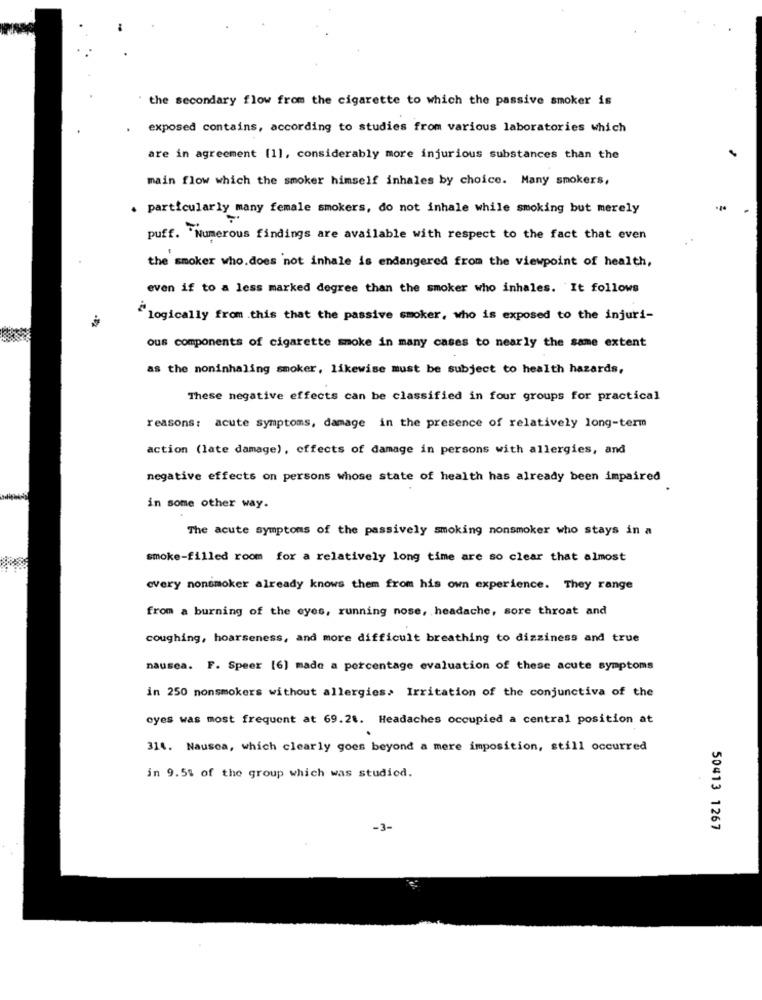
" the secondary flow from the cigarette to which the passive smoker is
exposed contains, according to studies from various laboratories which
are in agreement [1], considerably more injurious substances than the
main flow which the smoker himself inhales by choice. Many smokers,
. particularly many female smokers, do not inhale while smoking but merely
puff. Numerous findings are available with respect to the fact that even
the smoker who. does not inhale is endangered from the viewpoint of health,
even if to a less marked degree than the smoker who inhales. It follows
"logically from this that the passive smoker, who is exposed to the injuri-
ous components of cigarette smoke in many cases to nearly the same extent
as the noninhaling smoker, likewise must be subject to health hazards,
These negative effects can be classified in four groups for practical
reasons: acute symptoms, damage in the presence of relatively long-term
action (late damage), effects of damage in persons with allergies, and
negative effects on persons whose state of health has already been impaired
in some other way.
The acute symptoms of the passively smoking nonsmoker who stays in a
smoke-filled room for a relatively long time are so clear that almost
every nonsmoker already knows them from his own experience. They range
from a burning of the eyes, running nose, headache, sore throat and
coughing, hoarseness, and more difficult breathing to dizziness and true
nausea. F. Speer [6] made a percentage evaluation of these acute symptoms
in 250 nonsmokers without allergies, Irritation of the conjunctiva of the
oyes was most frequent at 69.21. Headaches occupied a central position at
314. Nausca, which clearly goes beyond a mere imposition, still occurred
in 9.51 of the group which was studied.
-3-
50413 1267